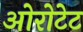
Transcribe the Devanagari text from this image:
ओरोटेट